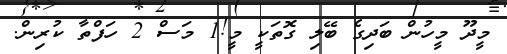
މީދޫ މީހުން ބަދިގެ ބޭލި ގޮތަކީ މީ!1 މަސް 2 ހަފްތާ ކުރިން.